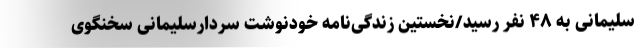
سلیمانی به ۴۸ نفر رسید/نخستین زندگی‌نامه خودنوشت سردارسلیمانی سخنگوی